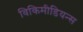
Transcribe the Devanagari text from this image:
विकिमीडियन्स